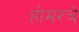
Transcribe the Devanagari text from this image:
होमरचे